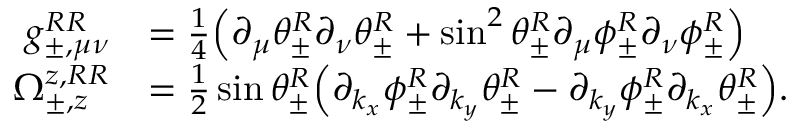
\begin{array} { r l } { g _ { \pm , \mu \nu } ^ { R R } } & { = \frac { 1 } { 4 } \Big ( \partial _ { \mu } \theta _ { \pm } ^ { R } \partial _ { \nu } \theta _ { \pm } ^ { R } + \sin ^ { 2 } \theta _ { \pm } ^ { R } \partial _ { \mu } \phi _ { \pm } ^ { R } \partial _ { \nu } \phi _ { \pm } ^ { R } \Big ) } \\ { \Omega _ { \pm , z } ^ { z , R R } } & { = \frac { 1 } { 2 } \sin \theta _ { \pm } ^ { R } \Big ( \partial _ { k _ { x } } \phi _ { \pm } ^ { R } \partial _ { k _ { y } } \theta _ { \pm } ^ { R } - \partial _ { k _ { y } } \phi _ { \pm } ^ { R } \partial _ { k _ { x } } \theta _ { \pm } ^ { R } \Big ) . } \end{array}